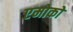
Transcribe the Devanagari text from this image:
एमोको